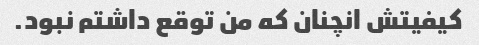
کیفیتش انچنان که من توقع داشتم نبود.